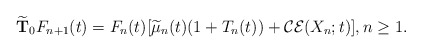
\begin{align*}\widetilde{\textbf{T}}_0F_{n+1}(t)=F_n(t)[\widetilde{\mu}_n(t)(1+T_n(t))+\mathcal{CE}(X_n;t)],n\geq1.\end{align*}